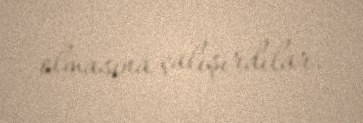
olmasına çalışırdılar.